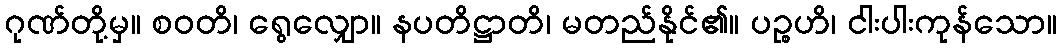
ဂုဏ်တို့မှ။ စဝတိ၊ ရွေလျှော။ နပတိဋ္ဌာတိ၊ မတည်နိုင်၏။ ပဉ္စဟိ၊ ငါးပါးကုန်သော။